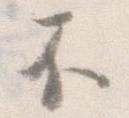
不